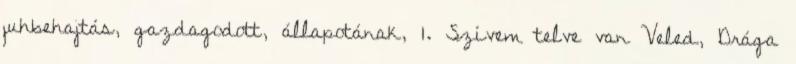
juhbehajtás, gazdagodott, állapotának, 1. Szívem telve van Veled, Drága